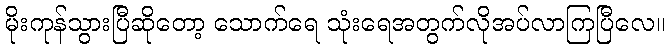
မိုးကုန်သွားပြီဆိုတော့ သောက်ရေ သုံးရေအတွက်လိုအပ်လာကြပြီလေ။